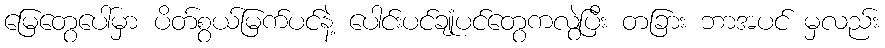
မြေတွေပေါ်မှာ ပိတ်စွယ်မြက်ပင်နဲ့ ပေါင်းပင်ချုံပင်တွေကလွဲပြီး တခြား ဘာအပင် မှလည်း